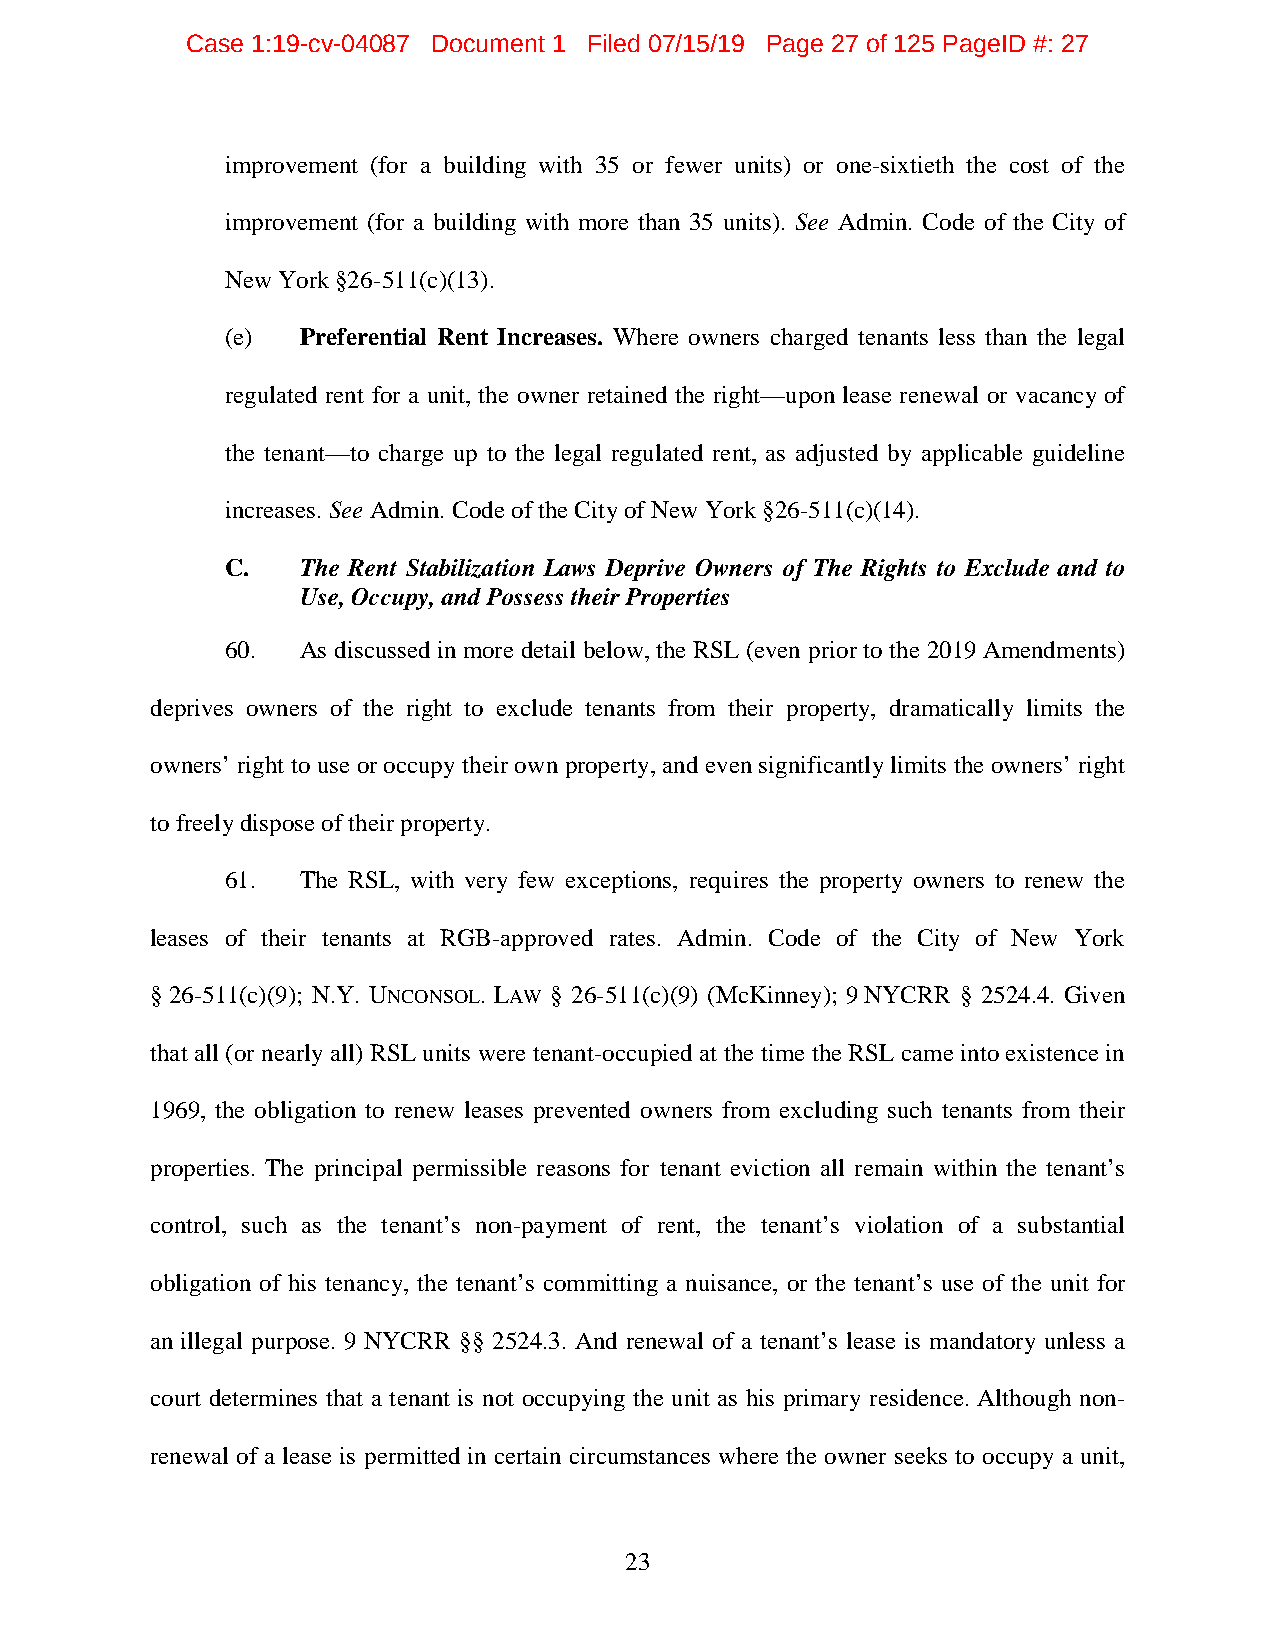
Case 1:19-cv-04087 Document 1 Filed 07/15/19 Page 27 of 125 PageID #: 27
 improvement (for a building with 35 or fewer units) or one-sixtieth the cost of the
 improvement (for a building with more than 35 units). See Admin. Code of the City of
 New York §26-511(c)(13).
 (e)  Preferential Rent Increases. Where owners charged tenants less than the legal
 regulated rent for a unit, the owner retained the right—upon lease renewal or vacancy of
 the tenant—to charge up to the legal regulated rent, as adjusted by applicable guideline
 increases. See Admin. Code of the City of New York §26-511(c)(14).
 C.   The Rent Stabilization Laws Deprive Owners of The Rights to Exclude and to
 Use, Occupy, and Possess their Properties
 60.  As discussed in more detail below, the RSL (even prior to the 2019 Amendments)
 deprives owners of the right to exclude tenants from their property, dramatically limits the
 owners’ right to use or occupy their own property, and even significantly limits the owners’ right
 to freely dispose of their property.
 61.  The RSL, with very few exceptions, requires the property owners to renew the
 leases of their tenants at RGB-approved rates. Admin. Code of the City of New York
 § 26-511(c)(9); N.Y. UNCONSOL. LAW § 26-511(c)(9) (McKinney); 9 NYCRR § 2524.4. Given
 that all (or nearly all) RSL units were tenant-occupied at the time the RSL came into existence in
 1969, the obligation to renew leases prevented owners from excluding such tenants from their
 properties. The principal permissible reasons for tenant eviction all remain within the tenant’s
 control, such as the tenant’s non-payment of rent, the tenant’s violation of a substantial
 obligation of his tenancy, the tenant’s committing a nuisance, or the tenant’s use of the unit for
 an illegal purpose. 9 NYCRR §§ 2524.3. And renewal of a tenant’s lease is mandatory unless a
 court determines that a tenant is not occupying the unit as his primary residence. Although non-
 renewal of a lease is permitted in certain circumstances where the owner seeks to occupy a unit,
 23